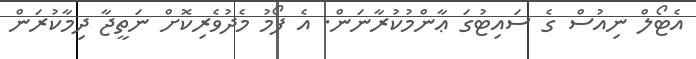
އެޓޯލް ނިއުސް ގެ ސައިޓުގަ ޢާންމުކުރާނަން. އެ ފޯމު މެދުވެރިކޮށް ނަތީޖާ ދިމާކުރަން